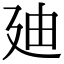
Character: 廸